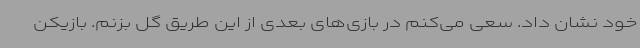
خود نشان داد. سعی می‌کنم در بازی‌های بعدی از این طریق گل بزنم. بازیکن